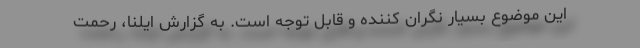
این موضوع بسیار نگران کننده و قابل توجه است. به گزارش ایلنا، رحمت